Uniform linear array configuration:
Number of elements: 48
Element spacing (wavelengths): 0.25
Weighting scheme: cosine
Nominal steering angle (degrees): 30
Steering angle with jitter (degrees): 30.856
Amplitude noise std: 0.05
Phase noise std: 0.05

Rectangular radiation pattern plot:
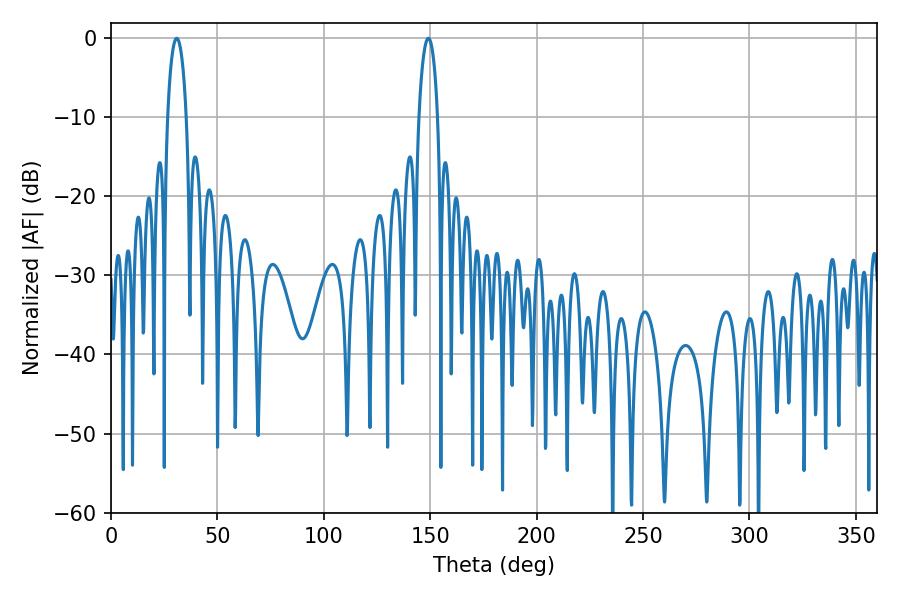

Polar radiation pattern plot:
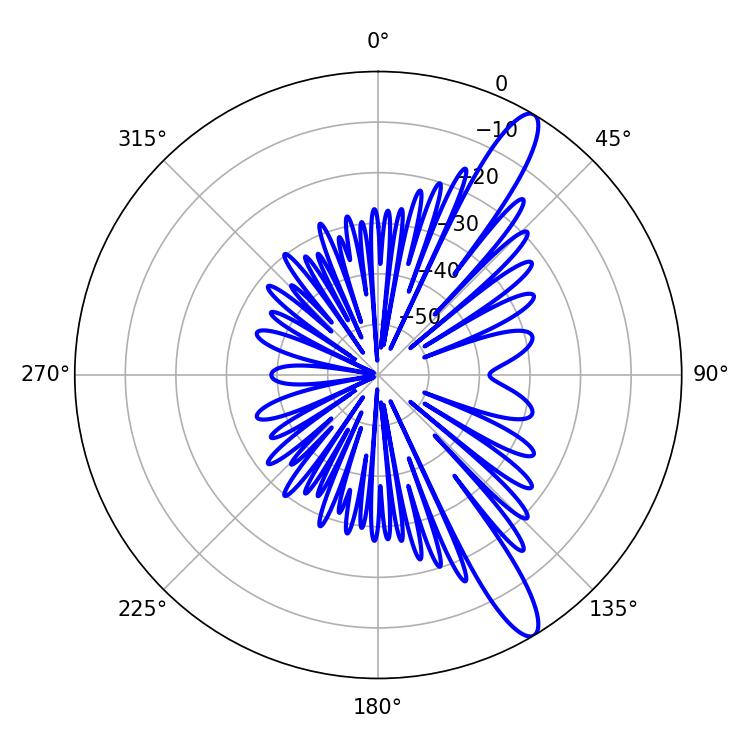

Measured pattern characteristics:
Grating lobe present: FALSE
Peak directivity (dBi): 12.983
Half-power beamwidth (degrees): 5.04
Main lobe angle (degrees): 149.04